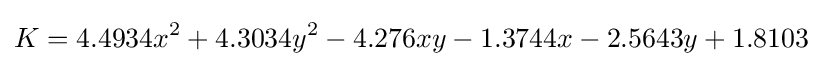
K=4.4934x^{2}+4.3034y^{2}-4.276xy-1.3744x-2.5643y+1.8103